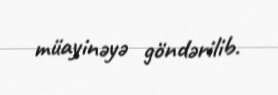
müayinəyə göndərilib.